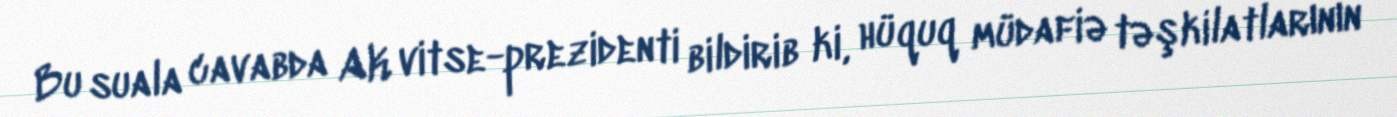
Bu suala cavabda AK vitse-prezidenti bildirib ki, hüquq müdafiə təşkilatlarının